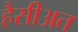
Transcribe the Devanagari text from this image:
हैसीअत